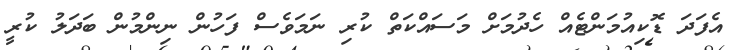
އެފަދަ ޑޮކިއުމަންޓެއް ހެދުމަށް މަސައްކަތް ކުރި ނަމަވެސް ފަހުން ނިންމުން ބަދަލު ކުރީ